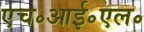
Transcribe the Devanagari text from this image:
एच॰आई॰एल॰